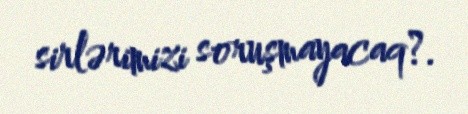
sirlərimizi soruşmayacaq?.